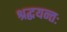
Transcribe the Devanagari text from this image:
श्रद्धयन्तः